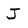
Character: J